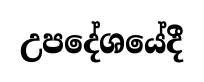
උපදේශයේදී